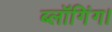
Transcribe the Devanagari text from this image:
ब्लॉगिंग।